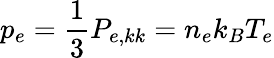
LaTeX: p_{e}=\frac{1}{3}P_{e,kk}=n_{e}k_{B}T_{e}